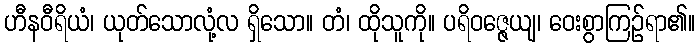
ဟီနဝီရိယံ၊ ယုတ်သောလုံ့လ ရှိသော။ တံ၊ ထိုသူကို။ ပရိဝဇ္ဇေယျ၊ ဝေးစွာကြဉ်ရာ၏။